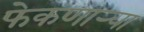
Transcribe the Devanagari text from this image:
फेकणार्‍या